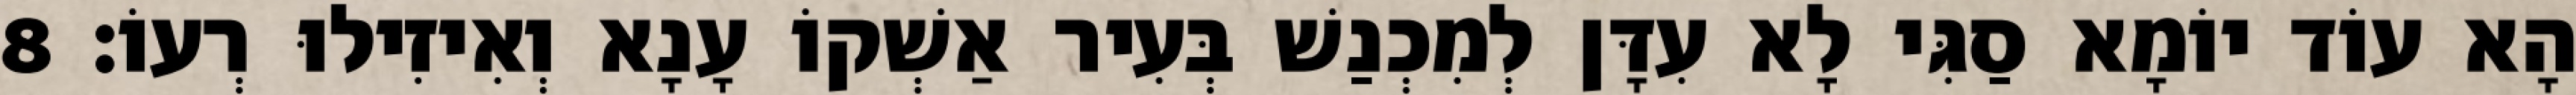
הָא עוֹד יוֹמָא סַגִּי לָא עִדָּן לְמִכְנַשׁ בְּעִיר אַשְׁקוֹ עָנָא וְאִיזִילוּ רְעוֹ׃ 8